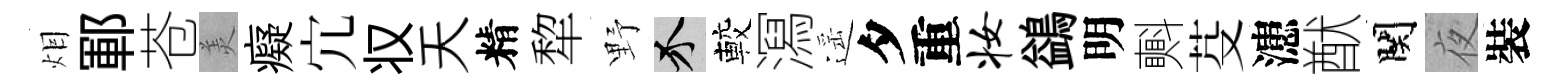
𤇆鄆苍羙癡宂𠬧天精犂野介較㵼遥夕重妆鷁明㪺芟漶猷関夜裝